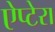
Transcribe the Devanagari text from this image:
ऐप्टेरा